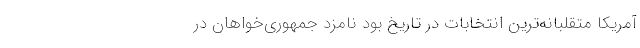
آمریکا متقلبانه‌ترین انتخابات در تاریخ بود نامزد جمهوری‌خواهان در